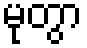
မုတွာ